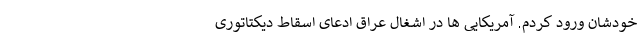
خودشان ورود کردم. آمریکایی ها در اشغال عراق ادعای اسقاط دیکتاتوری